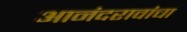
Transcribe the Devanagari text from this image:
आनंदरावांचा